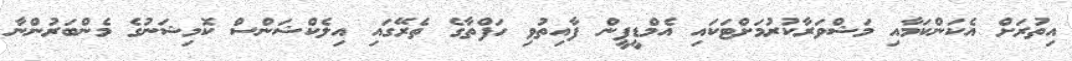
އިތުރަށް އެކަންކަމާއި މަޝްވަރާކުރުމަށްޓަކައި އެމްޑީޕީން ފާއިތުވި ހަފްތާގެ ތެރޭގައި އިލެކްޝަންސް ކޮމިޝަނުގެ މެންބަރުންނާ